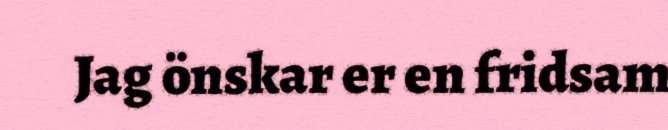
Jag önskar er en fridsam